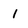
Character: 1